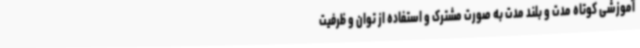
آموزشی کوتاه مدت و بلند مدت به صورت مشترک و استفاده از توان و ظرفیت